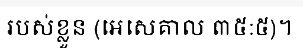
របស់ខ្លួន (អេសេគាល ៣៥:៥)។